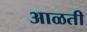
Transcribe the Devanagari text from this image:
आळती